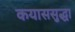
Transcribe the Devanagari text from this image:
कयाससुद्धा